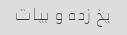
یخ زده و بیات